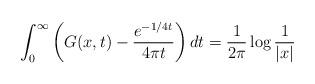
LaTeX: \begin{align*}\int_0^\infty \left(G(x,t)-\frac{e^{-1/4t}}{4\pi t}\right)dt =\frac{1}{2\pi}\log \frac{1}{|x|}\end{align*}